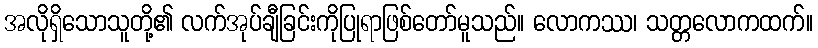
အလိုရှိသောသူတို့၏ လက်အုပ်ချီခြင်းကိုပြုရာဖြစ်တော်မူသည်။ လောကဿ၊ သတ္တလောကထက်။